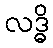
လဒ္ဓိ